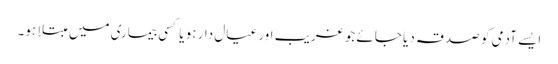
ایسے آدمی کو صدقہ دیا جائے جو غریب اور عیال دار ہو یا کسی بیماری میں مبتلا ہو۔